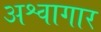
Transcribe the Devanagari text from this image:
अश्वागार